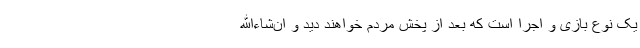
یک نوع بازی و اجرا است که بعد از پخش مردم خواهند دید و ان‌شاءالله